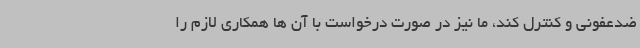
ضدعفونی و کنترل کند، ما نیز در صورت درخواست با آن ها همکاری لازم را